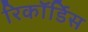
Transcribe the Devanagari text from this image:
रिकॉर्डिस